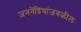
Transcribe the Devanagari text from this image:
जननेंद्रियांजवळील